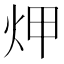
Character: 炠